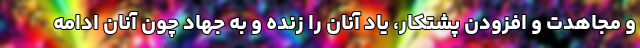
و مجاهدت و افزودن پشتکار، یاد آنان را زنده و به جهاد چون آنان ادامه